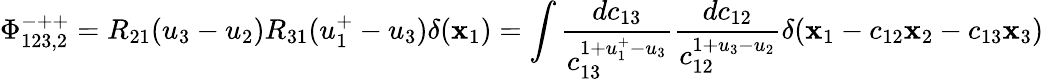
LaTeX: \Phi_{123,2}^{-++}=R_{21}(u_{3}-u_{2})R_{31}(u_{1}^{+}-u_{3})\delta(\mathbf{x}_{1})=\int\frac{dc_{13}}{c_{13}^{1+u_{1}^{+}-u_{3}}}\frac{dc_{12}}{c_{12}^{1+u_{3}-u_{2}}}\delta(\mathbf{x}_{1}-c_{12}\mathbf{x}_{2}-c_{13}\mathbf{x}_{3})